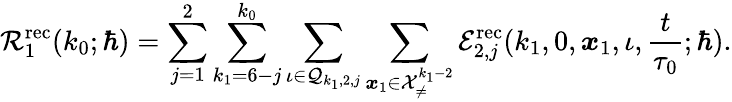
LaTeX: \mathcal{R}_{1}^{\mathrm{rec}}(k_{0};\hbar)=\sum_{j=1}^{2}\sum_{k_{1}=6-j}^{k_{0}}\sum_{\iota\in\mathcal{Q}_{k_{1},2,j}}\sum_{\boldsymbol{x}_{1}\in\mathcal{X}_{\neq}^{k_{1}-2}}\mathcal{E}_{2,j}^{\mathrm{rec}}(k_{1},0,\boldsymbol{x}_{1},\iota,\frac{t}{\tau_{0}};\hbar).